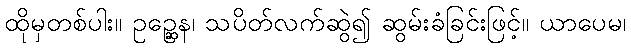
ထိုမှတစ်ပါး။ ဥဉ္ဆေန၊ သပိတ်လက်ဆွဲ၍ ဆွမ်းခံခြင်းဖြင့်။ ယာပေမ၊